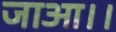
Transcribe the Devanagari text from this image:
जाआ।।